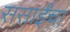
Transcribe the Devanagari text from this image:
ससाईंचा